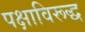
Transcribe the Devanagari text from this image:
पक्षाविरूद्ध